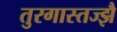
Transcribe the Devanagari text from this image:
तुरगास्तज्झै